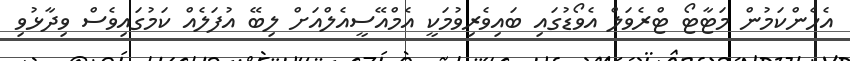
އެހެންކަމުން މަޓާޓޯ ޓްރެވަލް އެވޯޑުގައި ބައިވެރިވުމަކީ އެމްއޭސީއެލްއަށް ލިބޭ އުފަލެއް ކަމުގައިވެސް ވިދާޅުވި